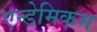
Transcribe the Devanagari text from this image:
एन्डेमिकम